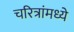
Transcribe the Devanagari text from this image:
चरित्रांमध्ये